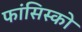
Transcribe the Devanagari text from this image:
फांसिस्को